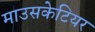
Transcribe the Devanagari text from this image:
माउसकेटियर